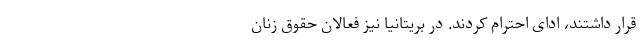
قرار داشتند، ادای احترام کردند. در بریتانیا نیز فعالان حقوق زنان